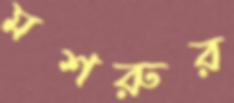
মশরুর